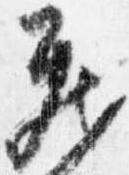
蔵